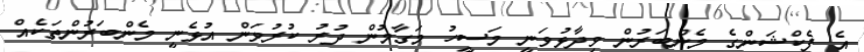
އެ ފެކްޝަންގެ މެންބަރުން ވިދާޅުވަނީ މަސީހު މަގާމުން ދުރު ކުރުވަން އުޅެނީ މެންބަރުންތަކެއް